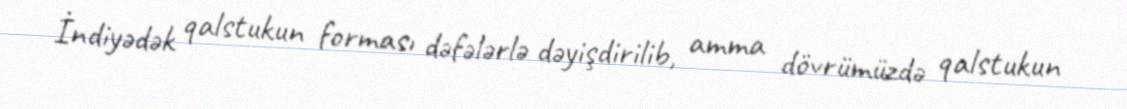
İndiyədək qalstukun forması dəfələrlə dəyişdirilib, amma dövrümüzdə qalstukun